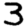
Digit: 3